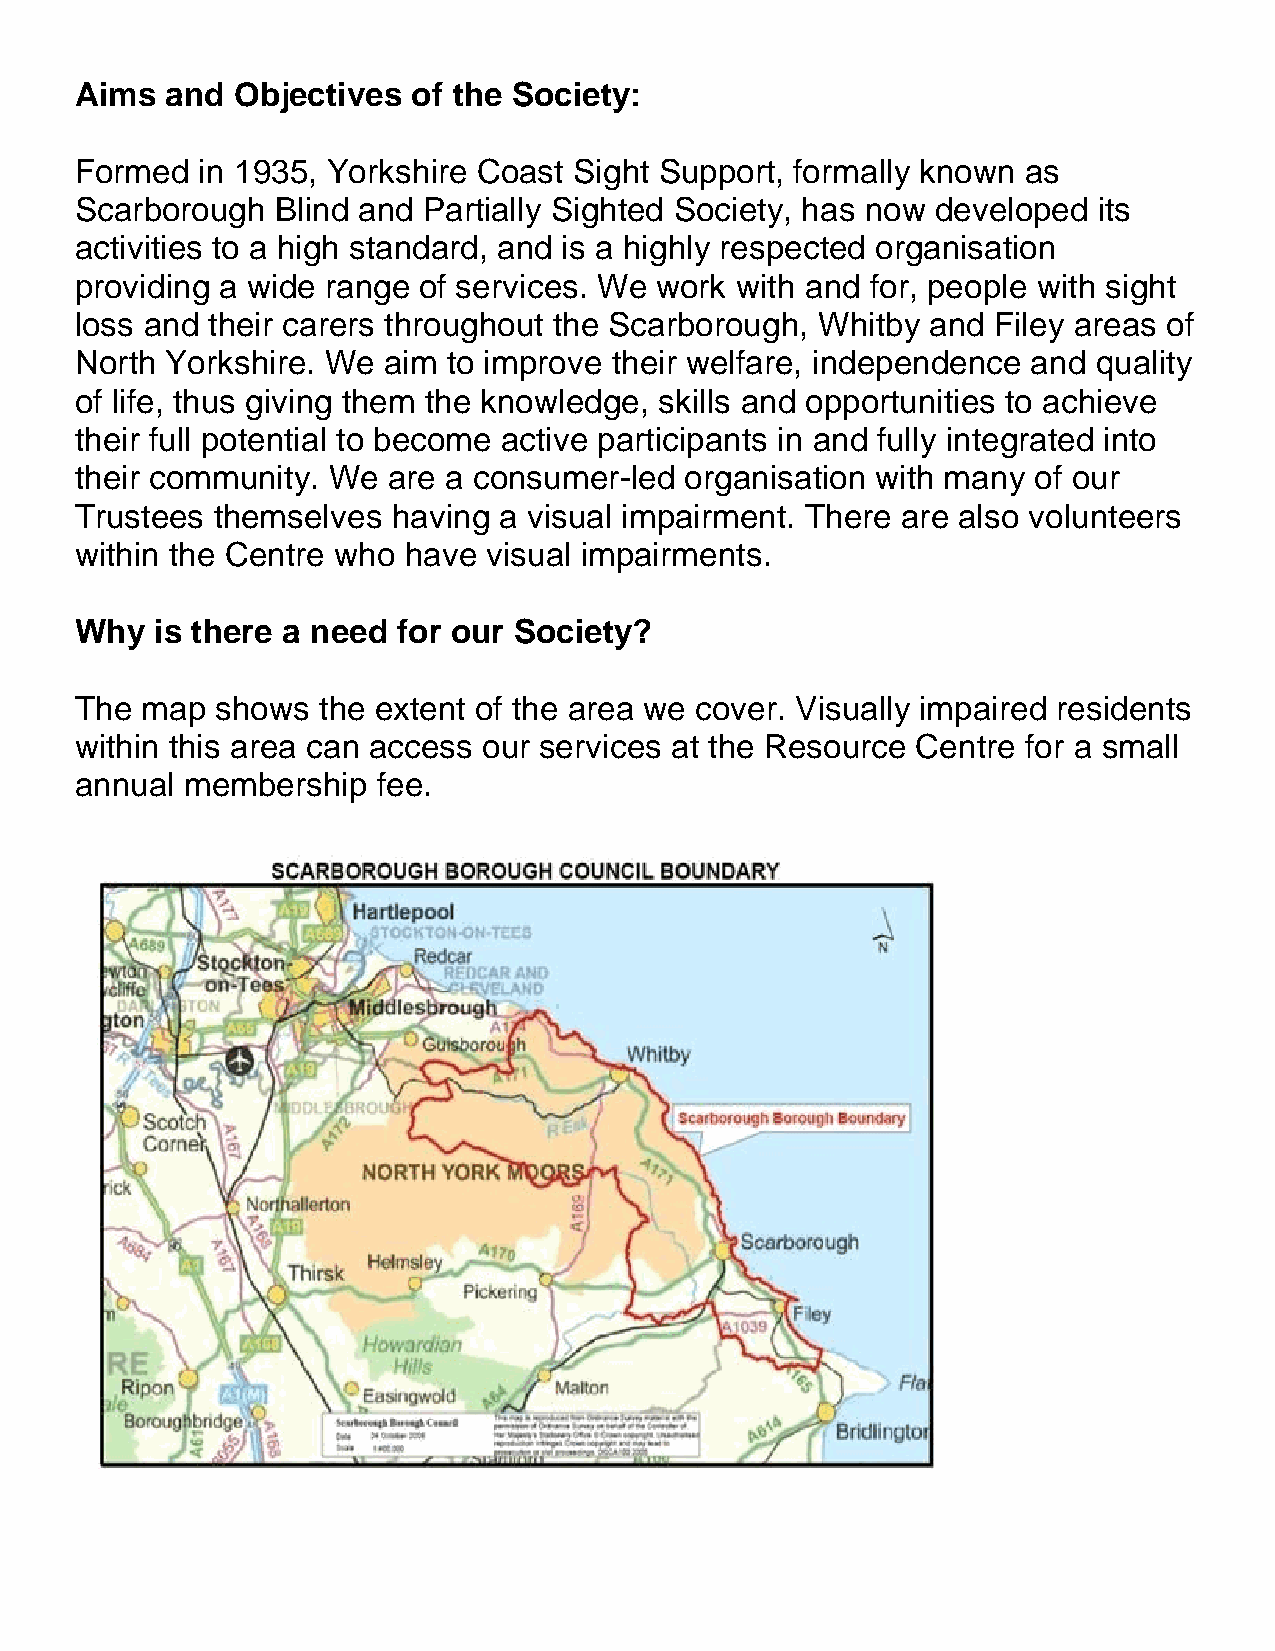
Aims  and  Objectives of the Society:
 Formed  in 1935, Yorkshire Coast Sight Support, formally known as
 Scarborough  Blind and Partially Sighted Society, has now developed its
 activities to a high standard, and is a highly respected organisation
 providing a wide range of services. We work with and for, people with sight
 loss and their carers throughout the Scarborough, Whitby and Filey areas of
 North Yorkshire. We aim  to improve their welfare, independence and quality
 of life, thus giving them the knowledge, skills and opportunities to achieve
 their full potential to become active participants in and fully integrated into
 their community. We  are a consumer-led organisation with many of our
 Trustees themselves  having a visual impairment. There are also volunteers
 within the Centre who have visual impairments.
 Why  is there a need for our Society?
 The map  shows  the extent of the area we cover. Visually impaired residents
 within this area can access our services at the Resource Centre for a small
 annual membership   fee.